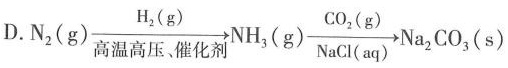
D.N_{2}(g) \xrightarrow[高温高压、催化剂]{H_{2}(g)} NH_{3}(g) \xrightarrow[Nacl(aq)]{CO_{2}(g)} Na_{2}CO_{3}(s)